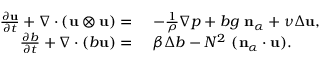
\begin{array} { r l } { \frac { \partial \mathbf { u } } { \partial t } + \nabla \cdot ( \mathbf { u } \otimes \mathbf { u } ) = } & { ~ - \frac { 1 } { \rho } \nabla p + b g \ \mathbf { n } _ { \alpha } + \nu \Delta \mathbf { u } , } \\ { \frac { \partial b } { \partial t } + \nabla \cdot ( b \mathbf { u } ) = } & { ~ \beta \Delta b - N ^ { 2 } \ ( \mathbf { n } _ { \alpha } \cdot \mathbf { u } ) . } \end{array}